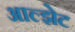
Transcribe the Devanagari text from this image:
आल्झेट